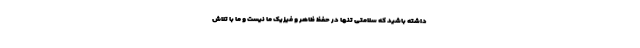
داشته باشید که سلامتی تنها در حفظ ظاهر و فیزیک ما نیست و ما با تلاش